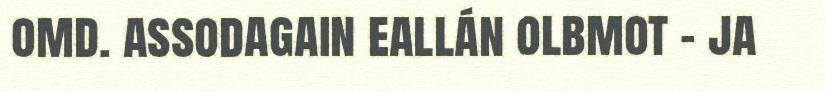
omd. assodagain eallán olbmot - ja